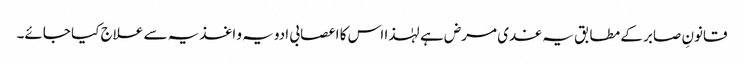
قانونِ صابر کے مطابق یہ غدی مرض ہے لہٰذا اس کا اعصابی ادویہ و اغذیہ سے علاج کیا جائے۔